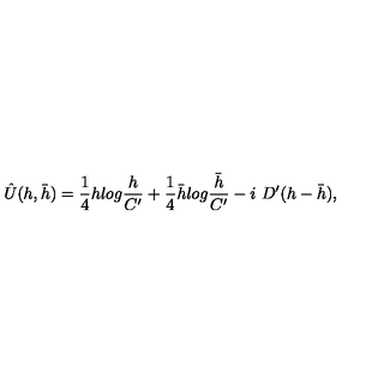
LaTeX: \hat { U } ( h , \bar { h } ) = { \frac { 1 } { 4 } } h l o g { \frac { h } { C ^ { \prime } } } + { \frac { 1 } { 4 } } \bar { h } l o g { \frac { \bar { h } } { C ^ { \prime } } } - i \ D ^ { \prime } ( h - \bar { h } ) ,